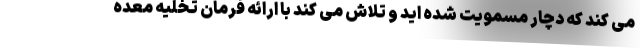
می کند که دچار مسمویت شده اید و تلاش می کند با ارائه فرمان تخلیه معده